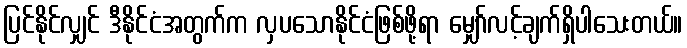
ပြင်နိုင်လျှင် ဒီနိုင်ငံအတွက်က လှပသောနိုင်ငံဖြစ်ဖို့ရာ မျှော်လင့်ချက်ရှိပါသေးတယ်။